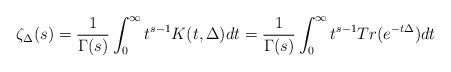
LaTeX: \begin{align*} \zeta_{\Delta}(s) = \frac{1}{\Gamma(s)} \int_0^\infty t^{s-1} K(t, \Delta) dt = \frac{1}{\Gamma(s)} \int_0^\infty t^{s-1} Tr(e^{-t\Delta}) dt \end{align*}